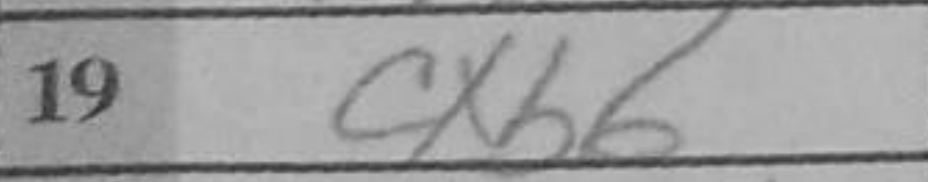
Transcription: cxb6